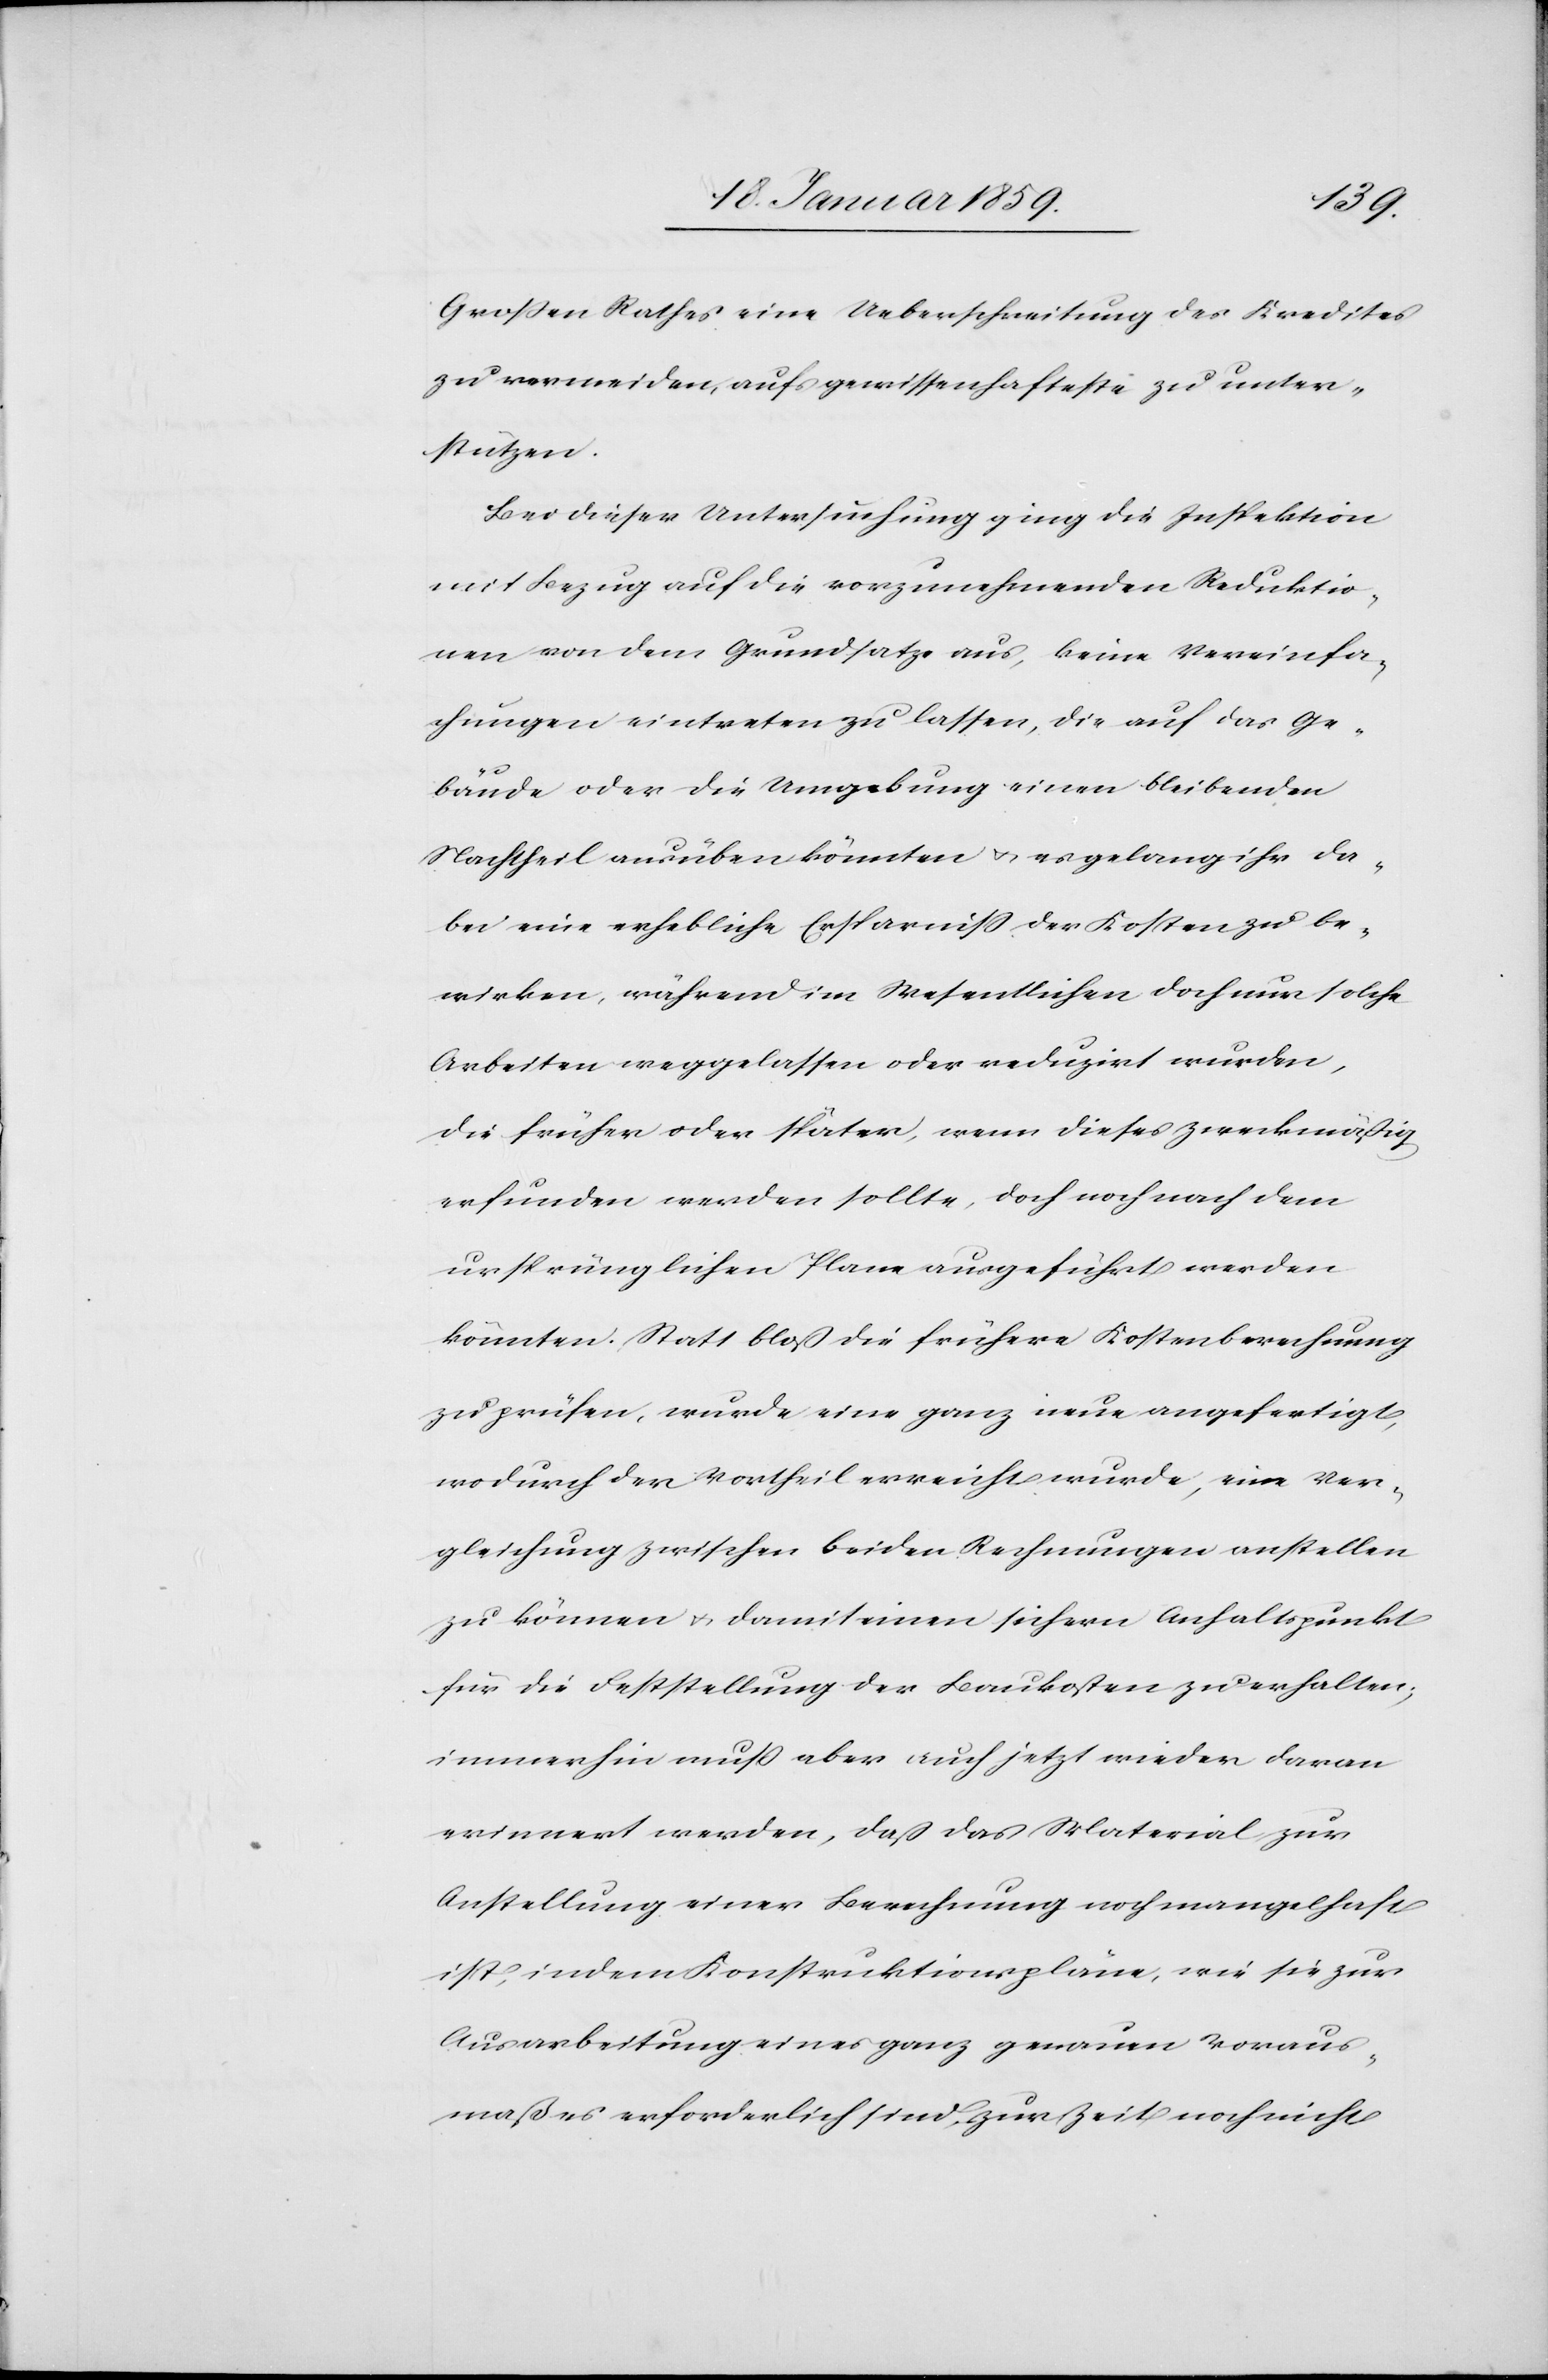
Großen Rathes eine Ueberschreitung des Kredites
zu vermeiden, aufs gewissenhafteste zu unter¬
stützen.
Bei dieser Unterstützung ging die Inspektion
mit Bezug auf die vorzunehmenden Reduktio¬
nen von dem Grundsatze aus, keine Vereinfa¬
chungen eintreten zu lassen, die auf das Ge¬
bäude oder die Umgebung einen bleibenden
Nachtheil ausüben könnten u. es gelang ihr da¬
bei eine erhebliche Ersparniß der Kosten zu be¬
wirken, während im Wesentlichen doch nur solche
Arbeiten weggelassen oder reduzirt wurden,
die früher oder später, wenn dieses zweckmäßig
erfunden werden sollte, doch noch nach dem
ursprünglichen Plane ausgeführt werden
könnten. Statt bloß die frühere Kostenberechnung
zu prüfen, wurde eine ganz neue angefertigt,
wodurch der Vortheil erreicht wurde, eine Ver¬
gleichung zwischen beiden Rechnungen anstellen
zu können u. damit einen sichern Anhaltspunkt
für die Feststellung der Baukosten zu erhalten;
immerhin muß aber auch jetzt wieder daran
erinnert werden, daß das Material zur
Anstellung einer Berechnung noch mangelhaft
ist, indem Konstruktionspläne, wie sie zur
Ausarbeitung eines ganz genauen Voraus¬
maßes erforderlich sind, zur Zeit noch nicht